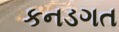
કનડગત